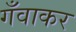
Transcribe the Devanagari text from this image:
गँवाकर